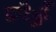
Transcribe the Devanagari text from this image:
फ़ोड़े